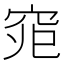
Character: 𱶴